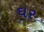
ઘર